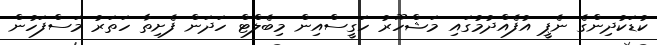
ކުޑަކުދިންގެ ނެޕީ އުފެއްދުމުގައި މަޝްހޫރު ހަގީސްއިން މިބެލްޓް ހަދަން ފެށިތާ ހަތަރު މަސްފަހުން